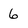
Character: 6